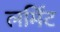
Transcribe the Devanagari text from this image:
लर्मिट